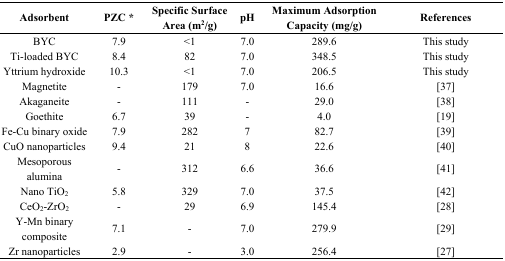
<table><thead><tr><td><b>Adsorbent</b></td><td><b>PZC *</b></td><td><b>Specific Surface Area (m<sup>2</sup>/g)</b></td><td><b>pH</b></td><td><b>Maximum Adsorption Capacity (mg/g)</b></td><td><b>References</b></td></tr></thead><tbody><tr><td>BYC</td><td>7.9</td><td>&lt;1</td><td>7.0</td><td>289.6</td><td>This study</td></tr><tr><td>Ti-loaded BYC</td><td>8.4</td><td>82</td><td>7.0</td><td>348.5</td><td>This study</td></tr><tr><td>Yttrium hydroxide</td><td>10.3</td><td>&lt;1</td><td>7.0</td><td>206.5</td><td>This study</td></tr><tr><td>Magnetite</td><td>-</td><td>179</td><td>7.0</td><td>16.6</td><td>[37]</td></tr><tr><td>Akaganeite</td><td>-</td><td>111</td><td>-</td><td>29.0</td><td>[38]</td></tr><tr><td>Goethite</td><td>6.7</td><td>39</td><td>-</td><td>4.0</td><td>[19]</td></tr><tr><td>Fe-Cu binary oxide</td><td>7.9</td><td>282</td><td>7</td><td>82.7</td><td>[39]</td></tr><tr><td>CuO nanoparticles</td><td>9.4</td><td>21</td><td>8</td><td>22.6</td><td>[40]</td></tr><tr><td>Mesoporous alumina</td><td>-</td><td>312</td><td>6.6</td><td>36.6</td><td>[41]</td></tr><tr><td>Nano TiO<sub>2</sub></td><td>5.8</td><td>329</td><td>7.0</td><td>37.5</td><td>[42]</td></tr><tr><td>CeO<sub>2</sub>-ZrO<sub>2</sub></td><td>-</td><td>29</td><td>6.9</td><td>145.4</td><td>[28]</td></tr><tr><td>Y-Mn binary composite</td><td>7.1</td><td>-</td><td>7.0</td><td>279.9</td><td>[29]</td></tr><tr><td>Zr nanoparticles</td><td>2.9</td><td>-</td><td>3.0</td><td>256.4</td><td>[27]</td></tr></tbody></table>